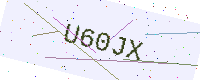
Text: U60JX